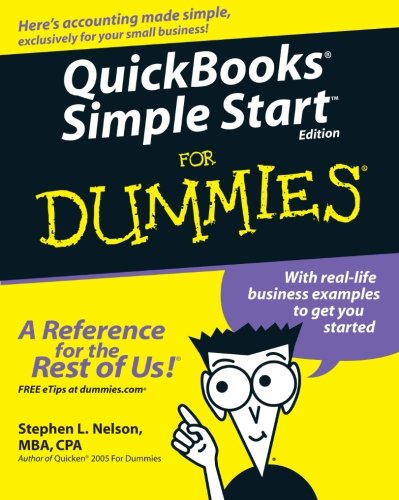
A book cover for QuickBooks Simple Start For Dummies; Stephen L. Nelson; Computers & Technology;